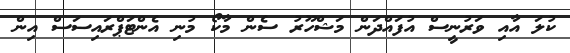
ކުލަ އާއި ވަރުނީސް އުފައްދަން މަޝްހޫރު ސެން މާކޯ މުނި އެންޓަޕްރައިސަސް އިން